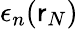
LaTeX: \epsilon_{n}(\mathsf{r}_{N})